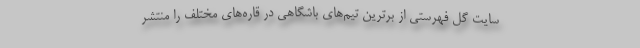
سایت گل فهرستی از برترین تیم‌های باشگاهی در قاره‌های مختلف را منتشر